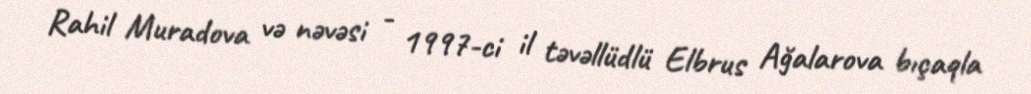
Rahil Muradova və nəvəsi - 1997-ci il təvəllüdlü Elbrus Ağalarova bıçaqla